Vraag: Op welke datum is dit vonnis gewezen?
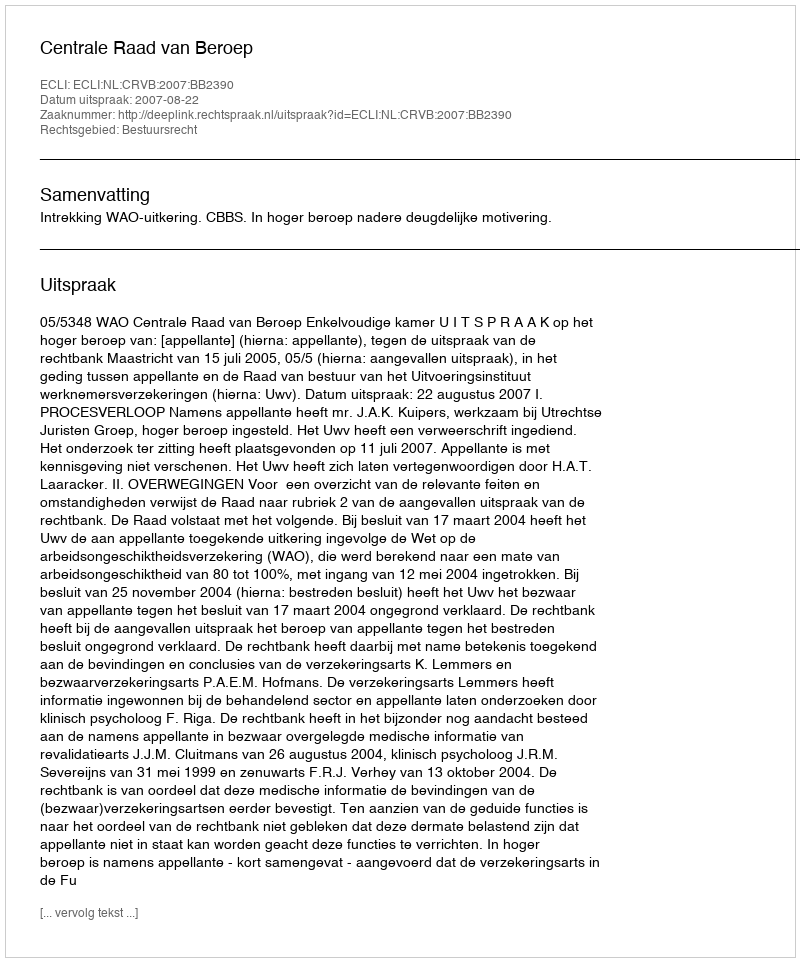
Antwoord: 2007-08-22